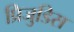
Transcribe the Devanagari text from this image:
प्रिजुडिस